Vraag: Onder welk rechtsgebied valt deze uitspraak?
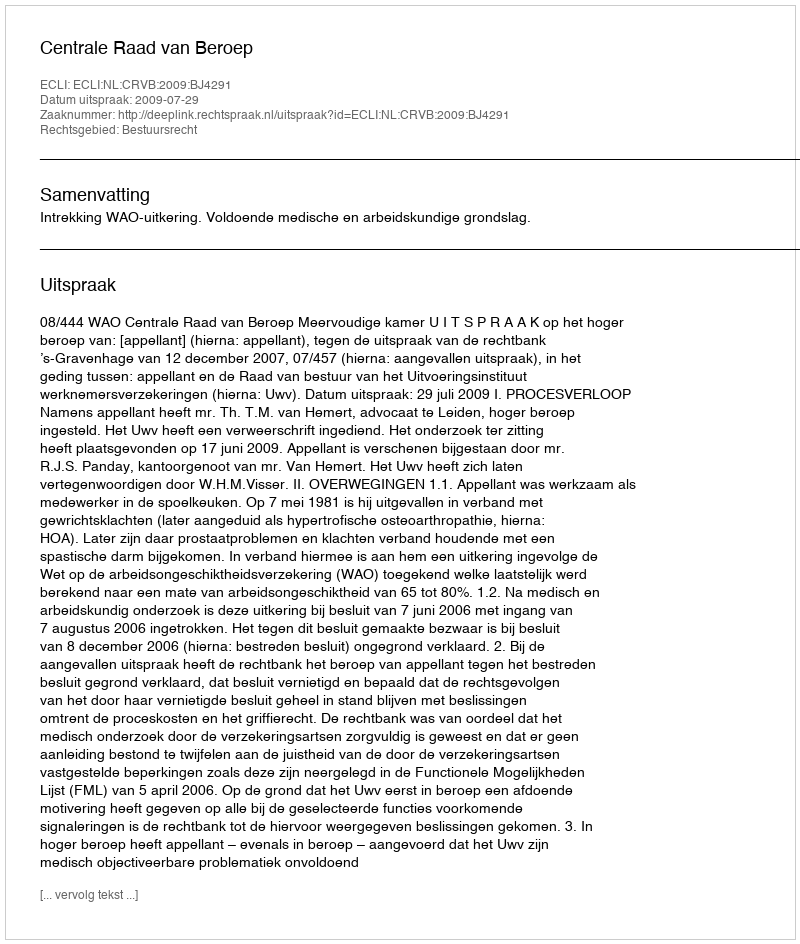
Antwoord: Bestuursrecht